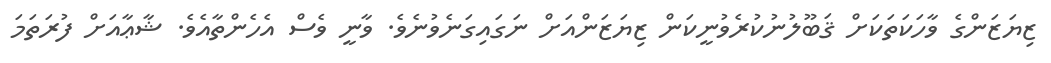
ޒިޔަޒަންގެ ވާހަކަތަކަށް ޤަބޫލުނުކުރެވުނީކަން ޒިޔަޒަންއަށް ނަގައިގަނެވުނެވެ. ވާނީ ވެސް އެހެންތާއެވެ. ޝާޢާއަށް ފުރަތަމަ